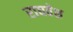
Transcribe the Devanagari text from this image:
राघवेश